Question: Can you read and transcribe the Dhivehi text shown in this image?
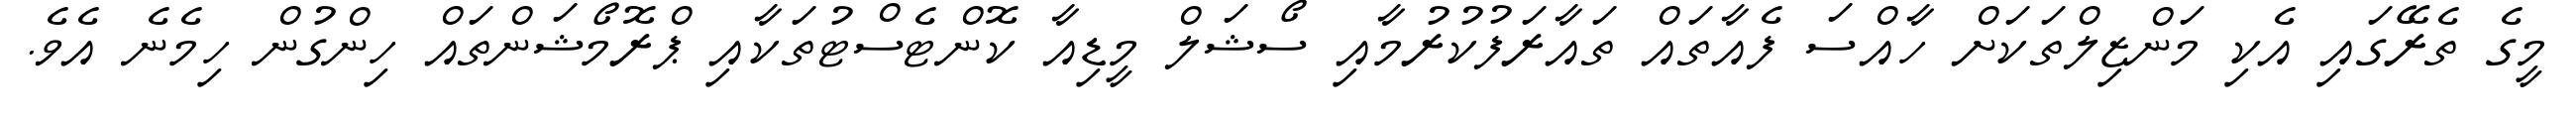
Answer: މީގެ ތެރޭގައި އެކި މަންޒިލްތަކަށް ހާއްސަ ފެއާތައް ތައާރަފުކުރުމާއި ސޯޝަލް މީޑިއާ ކޮންޓެސްޓުތަކާއި ޕްރޮމޯޝަންތައް ހިންގުން ހިމެނެ އެވެ.